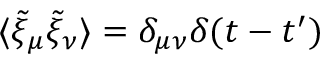
\langle \tilde { \xi } _ { \mu } \tilde { \xi } _ { \nu } \rangle = \delta _ { \mu \nu } \delta ( t - t ^ { \prime } )